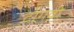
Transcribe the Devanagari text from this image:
टोंगवी